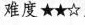
难度★★☆